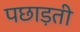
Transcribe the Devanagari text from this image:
पछाड़ती